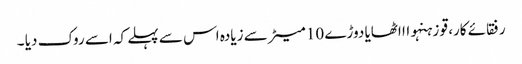
رفقائے کار، قو زہنہواا اٹھایا دوڑے 10 میٹر سے زیادہ اس سے پہلے کہ اسے روک دیا ۔